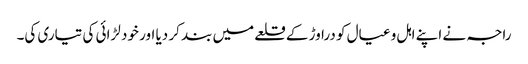
راجہ نے اپنے اہل و عیال کو دراوڑ کے قلعے میں بند کر دیا اور خود لڑائی کی تیاری کی۔